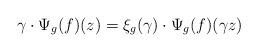
LaTeX: \begin{align*} \gamma \cdot \Psi_g(f ) (z) = \xi_g(\gamma) \cdot \Psi_g(f) ( \gamma z ) \end{align*}